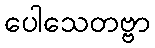
ပေါသေတဗ္ဗာ